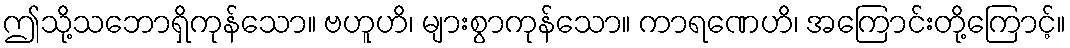
ဤသို့သဘောရှိကုန်သော။ ဗဟူဟိ၊ များစွာကုန်သော။ ကာရဏေဟိ၊ အကြောင်းတို့ကြောင့်။